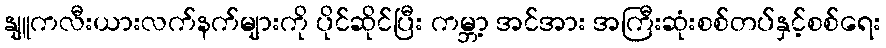
နျူကလီးယားလက်နက်များကို ပိုင်ဆိုင်ပြီး ကမ္ဘာ့ အင်အား အကြီးဆုံးစစ်တပ်နှင့်စစ်ရေး